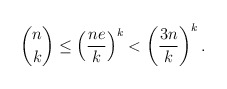
\begin{align*} \binom{n}{k} \leq \left(\frac{n e}{k}\right)^k < \left(\frac{3n }{k}\right)^k. \end{align*}